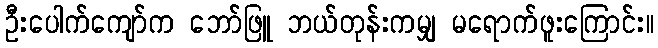
ဦးပေါက်ကျော်က ဘော်ဖြူ ဘယ်တုန်းကမျှ မရောက်ဖူးကြောင်း။